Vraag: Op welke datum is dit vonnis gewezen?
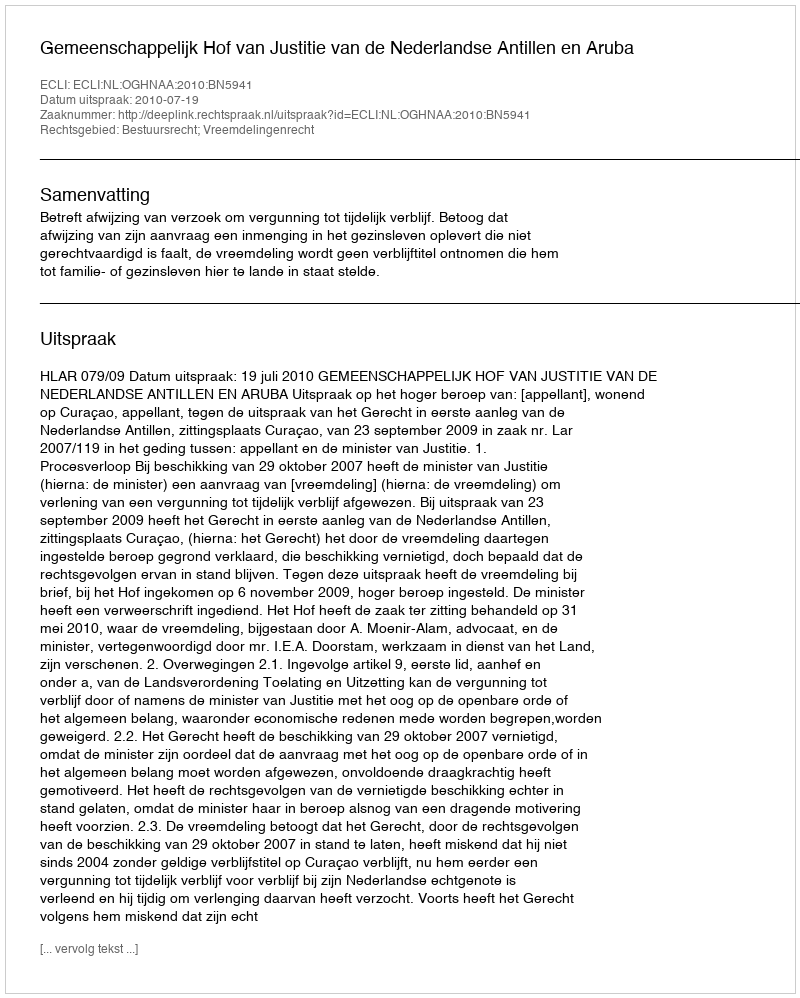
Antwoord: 2010-07-19